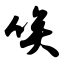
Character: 唉